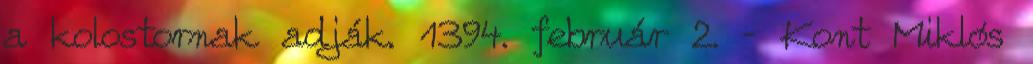
a kolostornak adják. 1394. február 2. – Kont Miklós